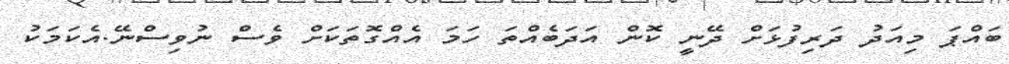
ބައްޕަ މިއަދު ދަރިފުޅަށް ދޭނީ ކޮން އަދަބެއްތަ ހަމަ އެއްގޮތަކަށް ވެސް ނުވިސްނޭ.އެކަމަކު